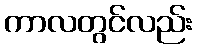
ကာလတွင်လည်း